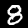
Digit: 8